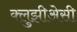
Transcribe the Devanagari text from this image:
क्लुझीअेसी